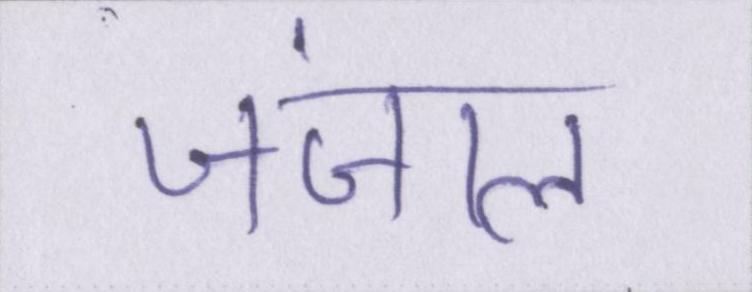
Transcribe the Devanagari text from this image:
जंजाल